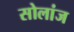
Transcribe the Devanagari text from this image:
सोलांज